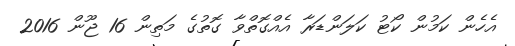
އެހެން ކަމުން ކޯޓު ކަލަންޑަރާ އެއްގޮތްވާ ގޮތުގެ މަތިން 16 ޖޫން 2016